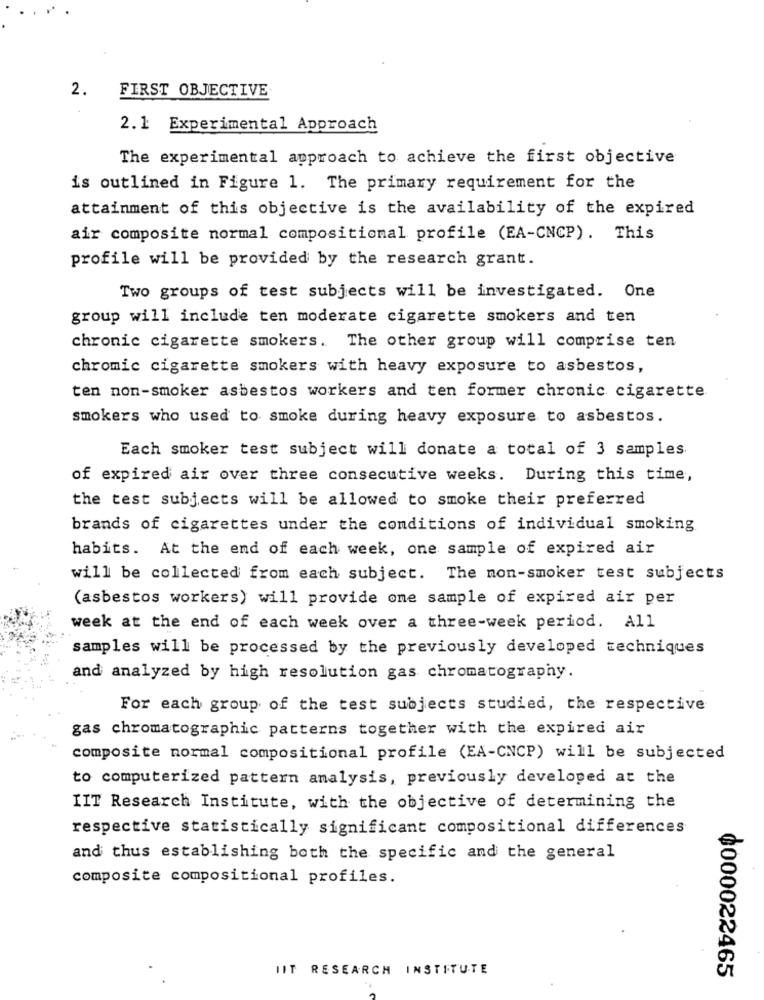
2.
FIRST OBJECTIVE
2.1 Experimental Approach
The experimental approach to achieve the first objective
is outlined in Figure 1. The primary requirement for the
attainment of this objective is the availability of the expired
air composite normal compositional profile (EA-CNCP). This
profile will be provided by the research grant.
Two groups of test subjects will be investigated. One
group will include ten moderate cigarette smokers and ten
chronic cigarette smokers. The other group will comprise ten
chromic cigarette smokers with heavy exposure to asbestos,
ten non-smoker asbestos workers and ten former chronic cigarette
smokers who used to smoke during heavy exposure to asbestos.
Each smoker test subject will donate a total of 3 samples
of expired air over three consecutive weeks. During this time,
the test subjects will be allowed to smoke their preferred
brands of cigarettes under the conditions of individual smoking
habits. At the end of each week, one sample of expired air
will be collected from each subject. The non-smoker test subjects
(asbestos workers) will provide one sample of expired air per
week at the end of each week over a three-week period. All
samples will be processed by the previously developed techniques
and analyzed by high resolution gas chromatography.
For each group of the test subjects studied, the respective
gas chromatographic patterns together with the expired air
composite normal compositional profile (EA-CNCP) will be subjected
to computerized pattern analysis, previously developed at the
IIT Research Institute, with the objective of determining the
respective statistically significant compositional differences
and thus establishing both the specific and the general
composite compositional profiles.
IIT RESEARCH INSTITUTE
₲000022465